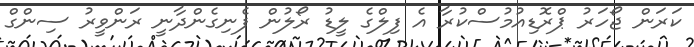
ކަރަން ޖޯހަރު ޕްރޮޑިއުމުސްކުރާ އެ ފިލްގެ ލީޑު ރޯލުން ފެނިގެންދާނީ ރަންވީރު ސިންގް